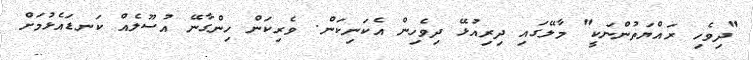
"ދިވެހި ރައްޔަތުންނަކީ" މާލޭގައި ދިރިއުޅޭ ދިވެހިން އެކަނިކަން. ވެރިކަން ހިންގާނޭ އުސޫލެއް ކަނޑައެޅުމަށް